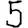
Digit: 5